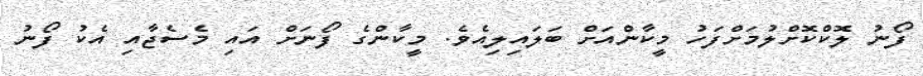
ފޯނު ލޮކްކޮށްލުމަށްފަހު މީކާންއަށް ބަލައިލިއެވެ. މީކާންގެ ފޯނަށް އައި މެސެޖާއި އެކު ފޯނު